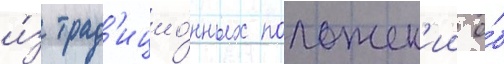
и́з трад'ицио́нных положен'ии о́б